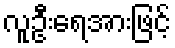
လူဦးရေအားဖြင့်